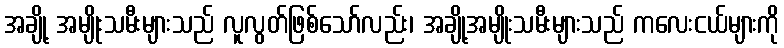
အချို့ အမျိုးသမီးများသည် လူလွတ်ဖြစ်သော်လည်း၊ အချို့အမျိုးသမီးများသည် ကလေးငယ်များကို